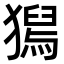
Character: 𤡯